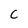
Character: c